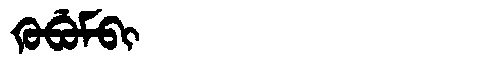
Manchu: ᡴᡠᠪᡠᠮᠪᡳ
Romanization: KUBUMBI